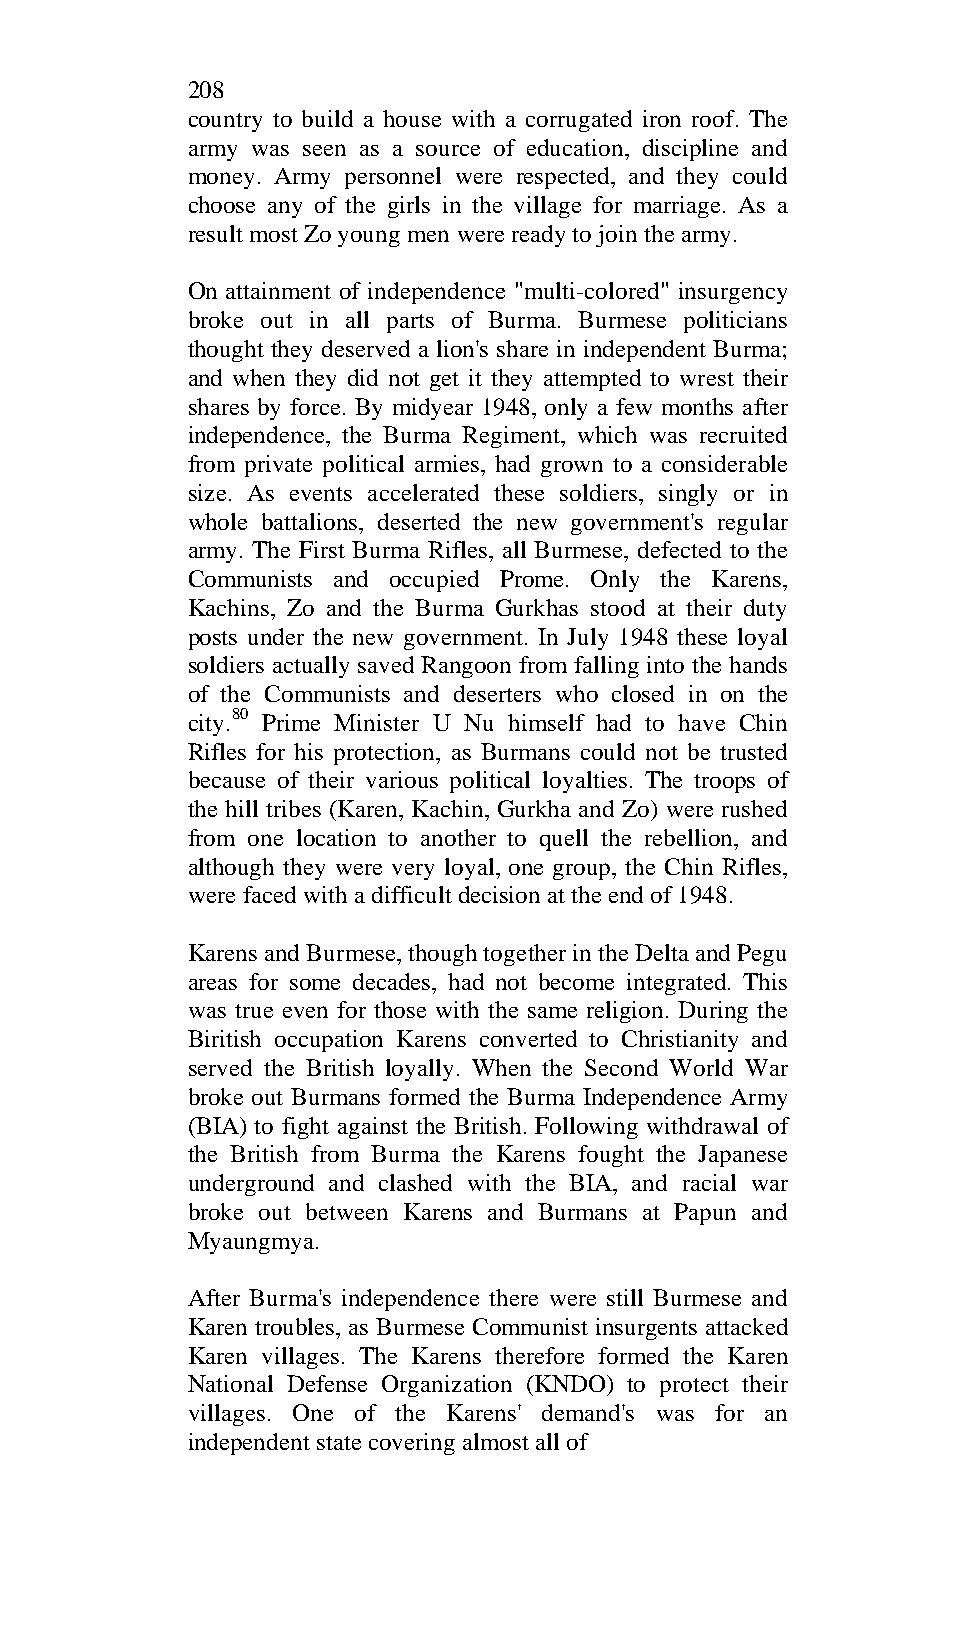
208
 country to build a house with a corrugated iron roof. The
 army was seen as a source of education, discipline and
 money. Army personnel were respected, and they could
 choose any of the girls in the village for marriage. As a
 result most Zo young men were ready to join the army.
 On attainment of independence "multi-colored" insurgency
 broke out in all parts of Burma. Burmese politicians
 thought they deserved a lion's share in independent Burma;
 and when they did not get it they attempted to wrest their
 shares by force. By midyear 1948, only a few months after
 independence, the Burma Regiment, which was recruited
 from private political armies, had grown to a considerable
 size. As events accelerated these soldiers, singly or in
 whole battalions, deserted the new government's regular
 army. The First Burma Rifles, all Burmese, defected to the
 Communists and occupied Prome. Only the Karens,
 Kachins, Zo and the Burma Gurkhas stood at their duty
 posts under the new government. In July 1948 these loyal
 soldiers actually saved Rangoon from falling into the hands
 of the Communists and deserters who closed in on the
 city.80 Prime Minister U Nu himself had to have Chin
 Rifles for his protection, as Burmans could not be trusted
 because of their various political loyalties. The troops of
 the hill tribes (Karen, Kachin, Gurkha and Zo) were rushed
 from one location to another to quell the rebellion, and
 although they were very loyal, one group, the Chin Rifles,
 were faced with a difficult decision at the end of 1948.
 Karens and Burmese, though together in the Delta and Pegu
 areas for some decades, had not become integrated. This
 was true even for those with the same religion. During the
 Biritish occupation Karens converted to Christianity and
 served the British loyally. When the Second World War
 broke out Burmans formed the Burma Independence Army
 (BIA) to fight against the British. Following withdrawal of
 the British from Burma the Karens fought the Japanese
 underground and clashed with the BIA, and racial war
 broke out between Karens and Burmans at Papun and
 Myaungmya.
 After Burma's independence there were still Burmese and
 Karen troubles, as Burmese Communist insurgents attacked
 Karen villages. The Karens therefore formed the Karen
 National Defense Organization (KNDO) to protect their
 villages. One of the Karens' demand's was for an
 independent state covering almost all of